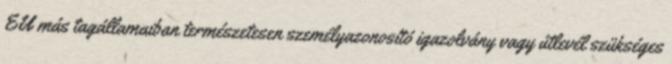
EU más tagállamaiban természetesen személyazonosító igazolvány vagy útlevél szükséges